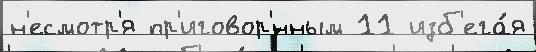
н'есмотр'я пр'иговор'́нным 11 изб'ега́я